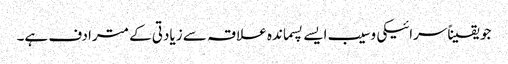
جو یقیناًسرائیکی وسیب ایسے پسماندہ علاقہ سے زیادتی کے مترادف ہے۔